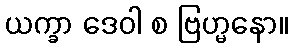
ယက္ခာ ဒေဝါ စ ဗြဟ္မနော။